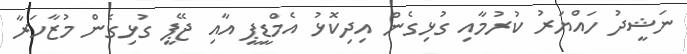
ނަޝީދު ހައްޔަރު ކުރުމާއި ގުޅިގެން އިދިކޮޅު އެމްޑީޕީ އާއި ޖޭޕީ ގުޅިގެން މުޒާހަރާ